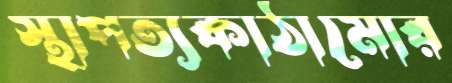
স্থাপত্যকাঠামোর